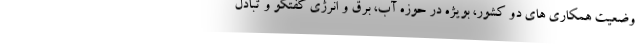
وضعیت همکاری های دو کشور، بویژه در حوزه آب، برق و انرژی گفتگو و تبادل